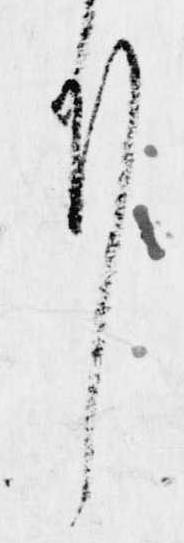
刻